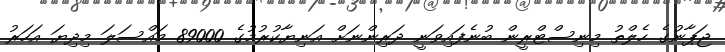
ޖަޕާނުގެ ހެލްތު މިނިސްޓްރީން ބުނެފައިވަނީ ދަރިންނަށް އަނިޔާކުރުމުގެ 89000 މައްސަލަ މިދިޔަ އަހަރު